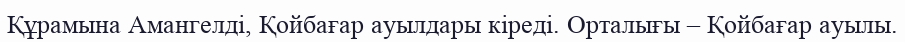
Құрамына Амангелді, Қойбағар ауылдары кіреді. Орталығы – Қойбағар ауылы.